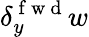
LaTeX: \delta_{y}^{\mathrm{~f~w~d~}}w